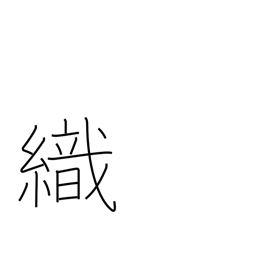
Meaning: weave